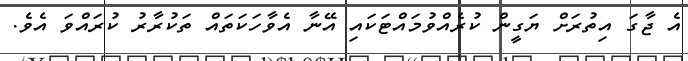
އެ ޖާގަ އިތުރަށް ޔަގީން ކުރެއްވުމައްޓަކައި އޭނާ އެވާހަކަތައް ތަކުރާރު ކުރައްވަ އެވެ.